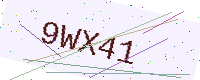
Text: 9WX41